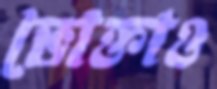
ভোক্তাও